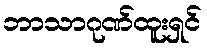
ဘာသာဂုဏ်ထူးရှင်